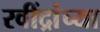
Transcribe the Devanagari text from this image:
रवींद्रांच्या